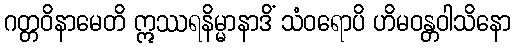
ဂတ္တဝိနာမေတိ ဣဿရနိမ္မာနာဒိံ သံဝရောပိ ဟိမဝန္တဝါသိနော